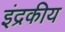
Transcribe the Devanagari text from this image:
इंद्रकीय